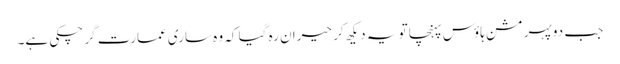
جب دوپہر مشن ہاؤس پہنچا تو یہ دیکھ کر حیران رہ گیا کہ وہ ساری عمارت گر چکی ہے۔